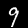
Label: 9